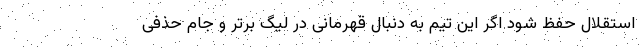
استقلال حفظ شود اگر این تیم به دنبال قهرمانی در لیگ برتر و جام حذفی